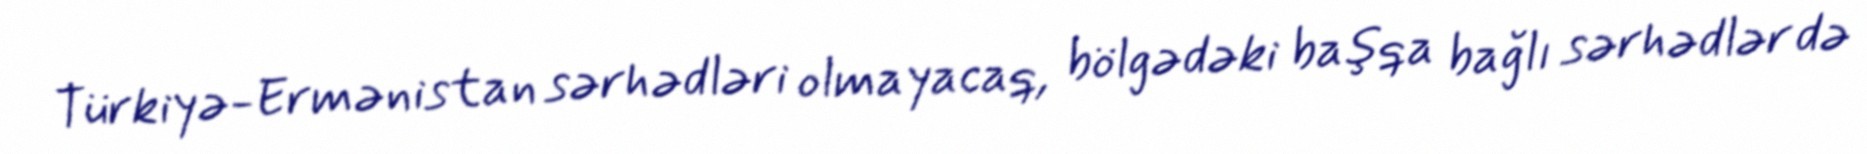
Türkiyə-Ermənistan sərhədləri olmayacaq, bölgədəki başqa bağlı sərhədlər də